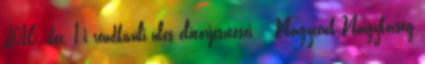
2016. dec. 1-i rendkívüli ülés előterjesztései: - Nagycenk Nagyközség